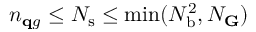
n _ { \mathbf q g } \le N _ { \mathrm { s } } \leq \operatorname* { m i n } ( N _ { \mathrm { b } } ^ { 2 } , N _ { \mathbf G } )